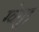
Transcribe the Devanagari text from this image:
ग्वेगुइ